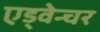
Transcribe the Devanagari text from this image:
एड्वेन्चर